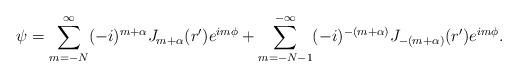
LaTeX: \begin{align*}\psi = \sum_{m= -N}^{\infty} (-i)^{ m+ \alpha} J_{m+ \alpha} (r') e^{i m \phi} + \sum_{m=-N-1}^{- \infty} (-i)^{ - (m+ \alpha) } J_{- (m+ \alpha) } (r') e^{i m \phi}.\end{align*}